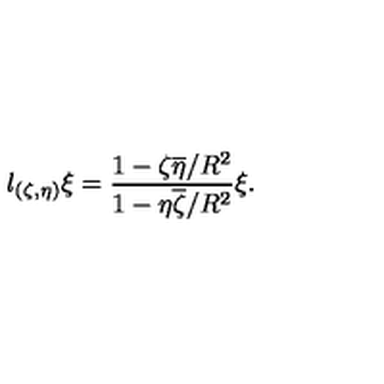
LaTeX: l _ { ( \zeta , \eta ) } \xi = \frac { 1 - \zeta \overline { \eta } / R ^ { 2 } } { 1 - \eta \overline { \zeta } / R ^ { 2 } } \xi .